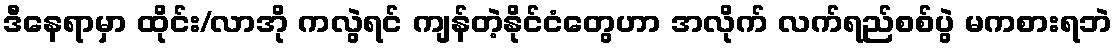
ဒီနေရာမှာ ထိုင်း/လာအို ကလွဲရင် ကျန်တဲ့နိုင်ငံတွေဟာ အလိုက် လက်ရည်စစ်ပွဲ မကစားရဘဲ